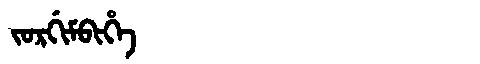
Manchu: ᠵᠣᡵᡤᡳᠮᠪᡳᡥᡝ
Romanization: JORGIMBIHE